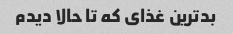
بد‌ترین غذای که تا حالا دیدم